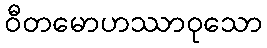
ဝီတမောဟဿာဝုသော